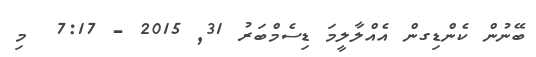
ބޭނުން ކެންޑިގން އެއްލާލީމަ ޑިސެމްބަރު 31